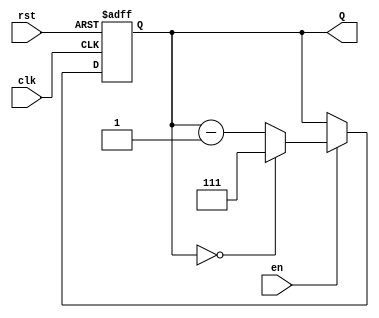
module BinaryDownCounter (
    input wire clk,       // Clock signal
    input wire rst,       // Asynchronous reset
    input wire en,        // Enable signal
    output reg [2:0] Q    // 3-bit output count
);

    // Maximum value for a 3-bit counter
    localparam MAX_COUNT = 3'b111; // 7 in decimal

    // Asynchronous reset and counting logic
    always @(posedge clk or posedge rst) begin
        if (rst) begin
            // Reset the counter to maximum value
            Q <= MAX_COUNT;
        end else if (en) begin
            // Decrement the counter
            if (Q == 3'b000) begin
                Q <= MAX_COUNT; // Wrap around to maximum value
            end else begin
                Q <= Q - 1; // Decrement the counter
            end
        end
        // If enable is low, Q retains its value
    end

endmodule